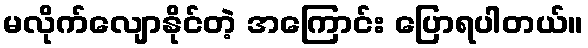
မလိုက်လျောနိုင်တဲ့ အကြောင်း ပြောရပါတယ်။